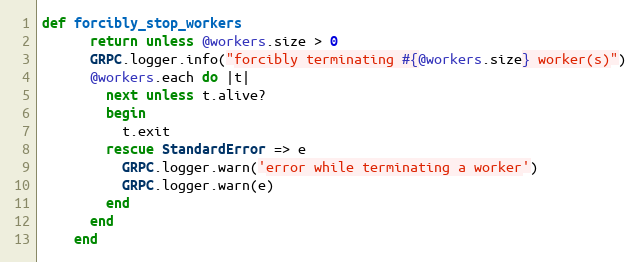
Language: Ruby
def forcibly_stop_workers
      return unless @workers.size > 0
      GRPC.logger.info("forcibly terminating #{@workers.size} worker(s)")
      @workers.each do |t|
        next unless t.alive?
        begin
          t.exit
        rescue StandardError => e
          GRPC.logger.warn('error while terminating a worker')
          GRPC.logger.warn(e)
        end
      end
    end